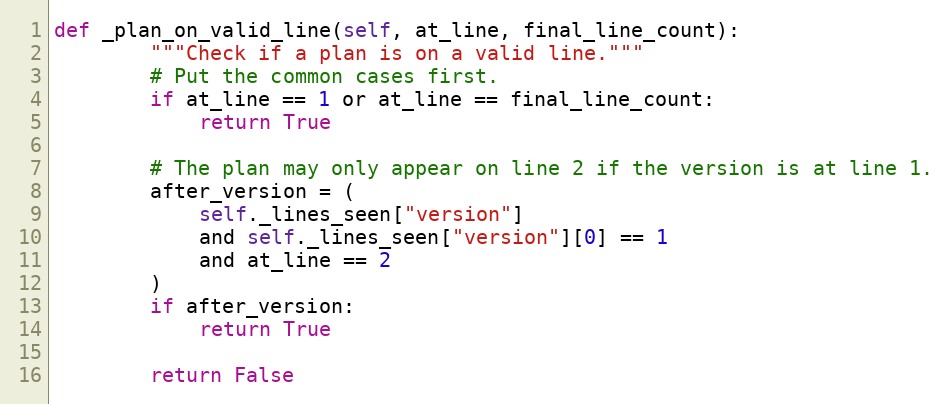
Language: Python
def _plan_on_valid_line(self, at_line, final_line_count):
        """Check if a plan is on a valid line."""
        # Put the common cases first.
        if at_line == 1 or at_line == final_line_count:
            return True

        # The plan may only appear on line 2 if the version is at line 1.
        after_version = (
            self._lines_seen["version"]
            and self._lines_seen["version"][0] == 1
            and at_line == 2
        )
        if after_version:
            return True

        return False